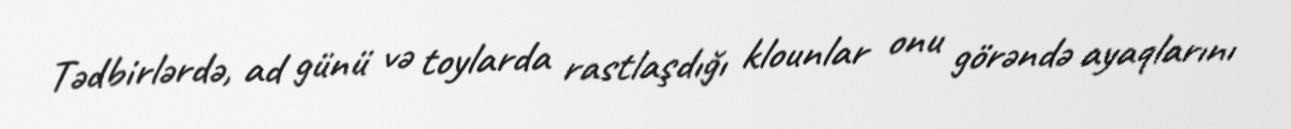
Tədbirlərdə, ad günü və toylarda rastlaşdığı klounlar onu görəndə ayaqlarını